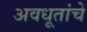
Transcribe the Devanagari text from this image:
अवधूतांचे